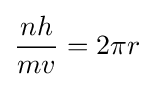
{\frac {nh}{mv}}=2\pi r